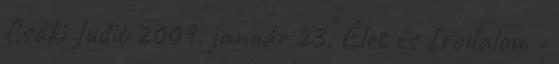
Csáki Judit 2009. január 23. Élet és Irodalom -